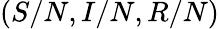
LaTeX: (S/N,I/N,R/N)